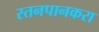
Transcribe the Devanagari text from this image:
स्तनपानकरा